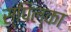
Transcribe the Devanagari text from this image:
स्पिल्का